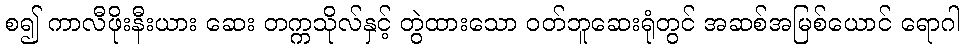
စ၍ ကာလီဖိုးနီးယား ဆေး တက္ကသိုလ်နှင့် တွဲထားသော ဝတ်ဘူဆေးရုံတွင် အဆစ်အမြစ်ယောင် ရောဂါ